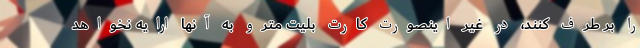
را بر طرف کنند، در غیر اینصورت کارت بلیت مترو به آنها ارایه نخواهد